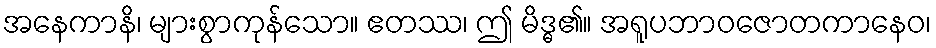
အနေကာနိ၊ များစွာကုန်သော။ ဧတဿ၊ ဤ မိဒ္ဓ၏။ အရူပဘာဝဇောတကာနေဝ၊